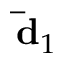
\mathbf { \bar { d } } _ { 1 }